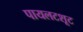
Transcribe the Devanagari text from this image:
पायलटशूट